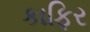
કાફિર